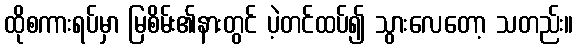
ထိုစကားရပ်မှာ မြစိမ်း၏နားတွင် ပဲ့တင်ထပ်၍ သွားလေတော့ သတည်း။